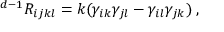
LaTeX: { } ^ { d - 1 } R _ { i j k l } = k ( \gamma _ { i k } \gamma _ { j l } - \gamma _ { i l } \gamma _ { j k } ) \; ,